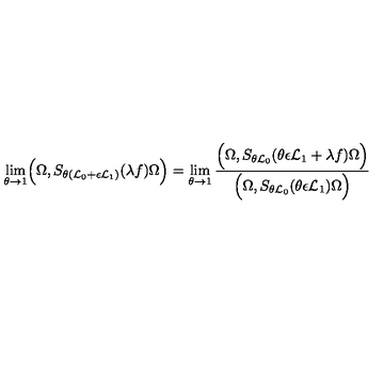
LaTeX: \lim _ { \theta \to 1 } \Bigl ( \Omega , S _ { \theta ( { \cal L } _ { 0 } + \epsilon { \cal L } _ { 1 } ) } ( \lambda f ) \Omega \Bigr ) = \lim _ { \theta \to 1 } \frac { \Bigl ( \Omega , S _ { \theta { \cal L } _ { 0 } } ( \theta \epsilon { \cal L } _ { 1 } + \lambda f ) \Omega \Bigr ) } { \Bigl ( \Omega , S _ { \theta { \cal L } _ { 0 } } ( \theta \epsilon { \cal L } _ { 1 } ) \Omega \Bigr ) }